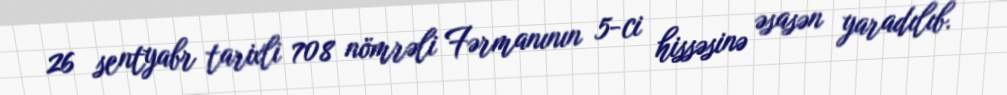
26 sentyabr tarixli 708 nömrəli Fərmanının 5-ci hissəsinə əsasən yaradılıb.